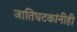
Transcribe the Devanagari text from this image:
जातिघटकांनीही